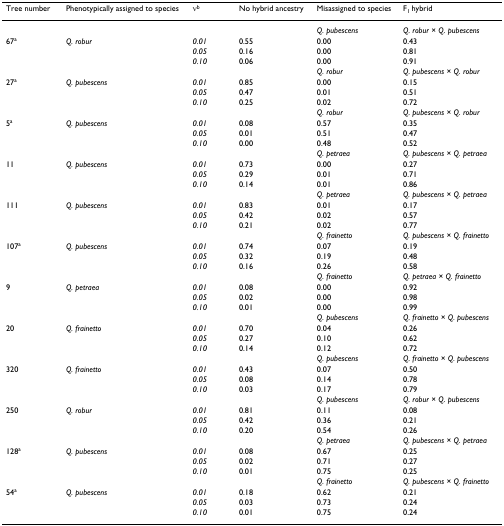
<table><thead><tr><td><b>Tree number</b></td><td><b>Phenotypically assigned to species</b></td><td><b>ν<sup>b</sup></b></td><td><b>No hybrid ancestry</b></td><td><b>Misassigned to species</b></td><td><b>F<sub>1 </sub>hybrid</b></td></tr></thead><tbody><tr><td></td><td></td><td></td><td></td><td><i>Q. pubescens</i></td><td><i>Q. robur </i>× <i>Q. pubescens</i></td></tr><tr><td>67<sup>a</sup></td><td><i>Q. robur</i></td><td><i>0.01</i></td><td>0.55</td><td>0.00</td><td>0.43</td></tr><tr><td></td><td></td><td><i>0.05</i></td><td>0.16</td><td>0.00</td><td>0.81</td></tr><tr><td></td><td></td><td><i>0.10</i></td><td>0.06</td><td>0.00</td><td>0.91</td></tr><tr><td></td><td></td><td></td><td></td><td><i>Q. robur</i></td><td><i>Q. pubescens </i>× <i>Q. robur</i></td></tr><tr><td>27<sup>a</sup></td><td><i>Q. pubescens</i></td><td><i>0.01</i></td><td>0.85</td><td>0.00</td><td>0.15</td></tr><tr><td></td><td></td><td><i>0.05</i></td><td>0.47</td><td>0.01</td><td>0.51</td></tr><tr><td></td><td></td><td><i>0.10</i></td><td>0.25</td><td>0.02</td><td>0.72</td></tr><tr><td></td><td></td><td></td><td></td><td><i>Q. robur</i></td><td><i>Q. pubescens </i>× <i>Q. robur</i></td></tr><tr><td>5<sup>a</sup></td><td><i>Q. pubescens</i></td><td><i>0.01</i></td><td>0.08</td><td>0.57</td><td>0.35</td></tr><tr><td></td><td></td><td><i>0.05</i></td><td>0.01</td><td>0.51</td><td>0.47</td></tr><tr><td></td><td></td><td><i>0.10</i></td><td>0.00</td><td>0.48</td><td>0.52</td></tr><tr><td></td><td></td><td></td><td></td><td><i>Q. petraea</i></td><td><i>Q. pubescens </i>× <i>Q. petraea</i></td></tr><tr><td>11</td><td><i>Q. pubescens</i></td><td><i>0.01</i></td><td>0.73</td><td>0.00</td><td>0.27</td></tr><tr><td></td><td></td><td><i>0.05</i></td><td>0.29</td><td>0.01</td><td>0.71</td></tr><tr><td></td><td></td><td><i>0.10</i></td><td>0.14</td><td>0.01</td><td>0.86</td></tr><tr><td></td><td></td><td></td><td></td><td><i>Q. petraea</i></td><td><i>Q. pubescens </i>× <i>Q. petraea</i></td></tr><tr><td>111</td><td><i>Q. pubescens</i></td><td><i>0.01</i></td><td>0.83</td><td>0.01</td><td>0.17</td></tr><tr><td></td><td></td><td><i>0.05</i></td><td>0.42</td><td>0.02</td><td>0.57</td></tr><tr><td></td><td></td><td><i>0.10</i></td><td>0.21</td><td>0.02</td><td>0.77</td></tr><tr><td></td><td></td><td></td><td></td><td><i>Q. frainetto</i></td><td><i>Q. pubescens </i>× <i>Q. frainetto</i></td></tr><tr><td>107<sup>a</sup></td><td><i>Q. pubescens</i></td><td><i>0.01</i></td><td>0.74</td><td>0.07</td><td>0.19</td></tr><tr><td></td><td></td><td><i>0.05</i></td><td>0.32</td><td>0.19</td><td>0.48</td></tr><tr><td></td><td></td><td><i>0.10</i></td><td>0.16</td><td>0.26</td><td>0.58</td></tr><tr><td></td><td></td><td></td><td></td><td><i>Q. frainetto</i></td><td><i>Q. petraea </i>× <i>Q. frainetto</i></td></tr><tr><td>9</td><td><i>Q. petraea</i></td><td><i>0.01</i></td><td>0.08</td><td>0.00</td><td>0.92</td></tr><tr><td></td><td></td><td><i>0.05</i></td><td>0.02</td><td>0.00</td><td>0.98</td></tr><tr><td></td><td></td><td><i>0.10</i></td><td>0.01</td><td>0.00</td><td>0.99</td></tr><tr><td></td><td></td><td></td><td></td><td><i>Q. pubescens</i></td><td><i>Q. frainetto </i>× <i>Q. pubescens</i></td></tr><tr><td>20</td><td><i>Q. frainetto</i></td><td><i>0.01</i></td><td>0.70</td><td>0.04</td><td>0.26</td></tr><tr><td></td><td></td><td><i>0.05</i></td><td>0.27</td><td>0.10</td><td>0.62</td></tr><tr><td></td><td></td><td><i>0.10</i></td><td>0.14</td><td>0.12</td><td>0.72</td></tr><tr><td></td><td></td><td></td><td></td><td><i>Q. pubescens</i></td><td><i>Q. frainetto </i>× <i>Q. pubescens</i></td></tr><tr><td>320</td><td><i>Q. frainetto</i></td><td><i>0.01</i></td><td>0.43</td><td>0.07</td><td>0.50</td></tr><tr><td></td><td></td><td><i>0.05</i></td><td>0.08</td><td>0.14</td><td>0.78</td></tr><tr><td></td><td></td><td><i>0.10</i></td><td>0.03</td><td>0.17</td><td>0.79</td></tr><tr><td></td><td></td><td></td><td></td><td><i>Q. pubescens</i></td><td><i>Q. robur </i>× <i>Q. pubescens</i></td></tr><tr><td>250</td><td><i>Q. robur</i></td><td><i>0.01</i></td><td>0.81</td><td>0.11</td><td>0.08</td></tr><tr><td></td><td></td><td><i>0.05</i></td><td>0.42</td><td>0.36</td><td>0.21</td></tr><tr><td></td><td></td><td><i>0.10</i></td><td>0.20</td><td>0.54</td><td>0.26</td></tr><tr><td></td><td></td><td></td><td></td><td><i>Q. petraea</i></td><td><i>Q. pubescens </i>× <i>Q. petraea</i></td></tr><tr><td>128<sup>a</sup></td><td><i>Q. pubescens</i></td><td><i>0.01</i></td><td>0.08</td><td>0.67</td><td>0.25</td></tr><tr><td></td><td></td><td><i>0.05</i></td><td>0.02</td><td>0.71</td><td>0.27</td></tr><tr><td></td><td></td><td><i>0.10</i></td><td>0.01</td><td>0.75</td><td>0.25</td></tr><tr><td></td><td></td><td></td><td></td><td><i>Q. frainetto</i></td><td><i>Q. pubescens </i>× <i>Q. frainetto</i></td></tr><tr><td>54<sup>a</sup></td><td><i>Q. pubescens</i></td><td><i>0.01</i></td><td>0.18</td><td>0.62</td><td>0.21</td></tr><tr><td></td><td></td><td><i>0.05</i></td><td>0.03</td><td>0.73</td><td>0.24</td></tr><tr><td></td><td></td><td><i>0.10</i></td><td>0.01</td><td>0.75</td><td>0.24</td></tr></tbody></table>